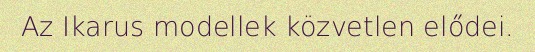
Az Ikarus modellek közvetlen elődei.